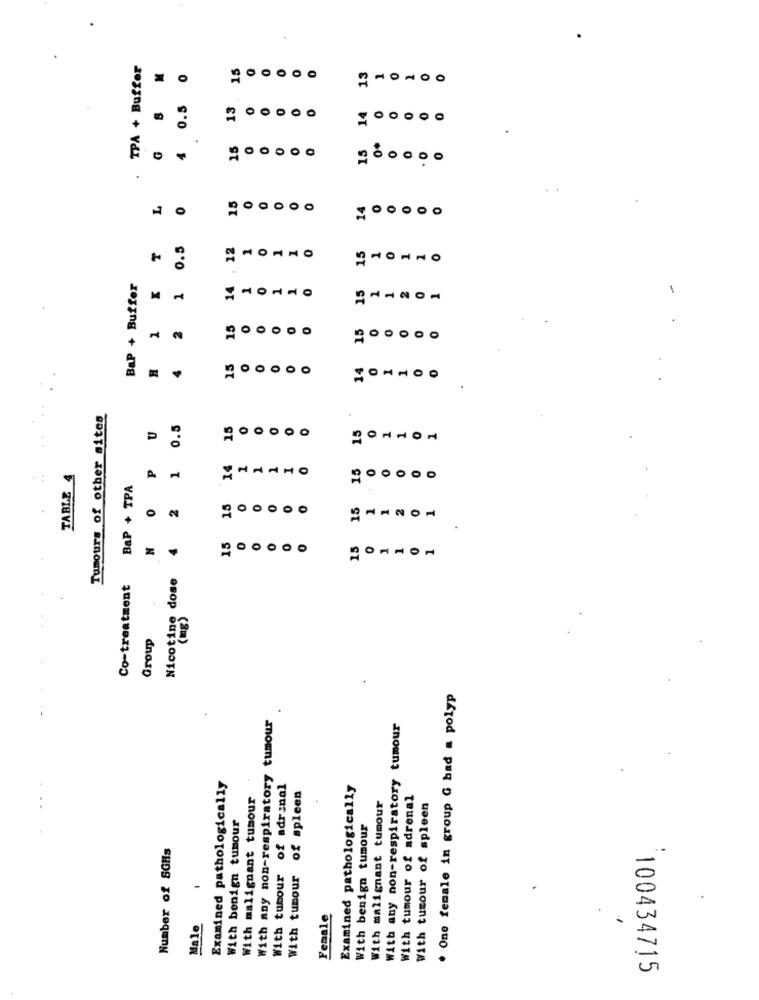
TPA + Buffer
M
15
O
O
13
1
0
0
0.5
13
O
O
14
0
15
15
O
O
O
.
15
14
O
O
0
O
0
0.5
12
T
15
BaP + Buffer
1
14
O
1
-
15
1
1
O
1
2
15
0
15
0
15
O
0
OO
0
Tumours of other sites
0.5
15
U
O
O
O
P
1
14
TABLE 4
15
O
O
BaP + TPA
2
15
15
0
O
11201
N
4
15
15
O
Nicotine dose
Co-treatment
(mg)
Group
. One female in group G bad = polyp
With any non-respiratory tumour
With any non-respiratory tumour
Examined pathologically
of adrenal
Examined pathologically
With malignant tumour
of spleen
With malignant tumour
With tumour of adrenal
With tumour of spleen
With benign tumour
With benign tumour
Number of SGHs
With tumour
With tumour
Female
Male
100434715